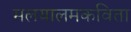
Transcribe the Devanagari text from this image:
मलयालमकविता